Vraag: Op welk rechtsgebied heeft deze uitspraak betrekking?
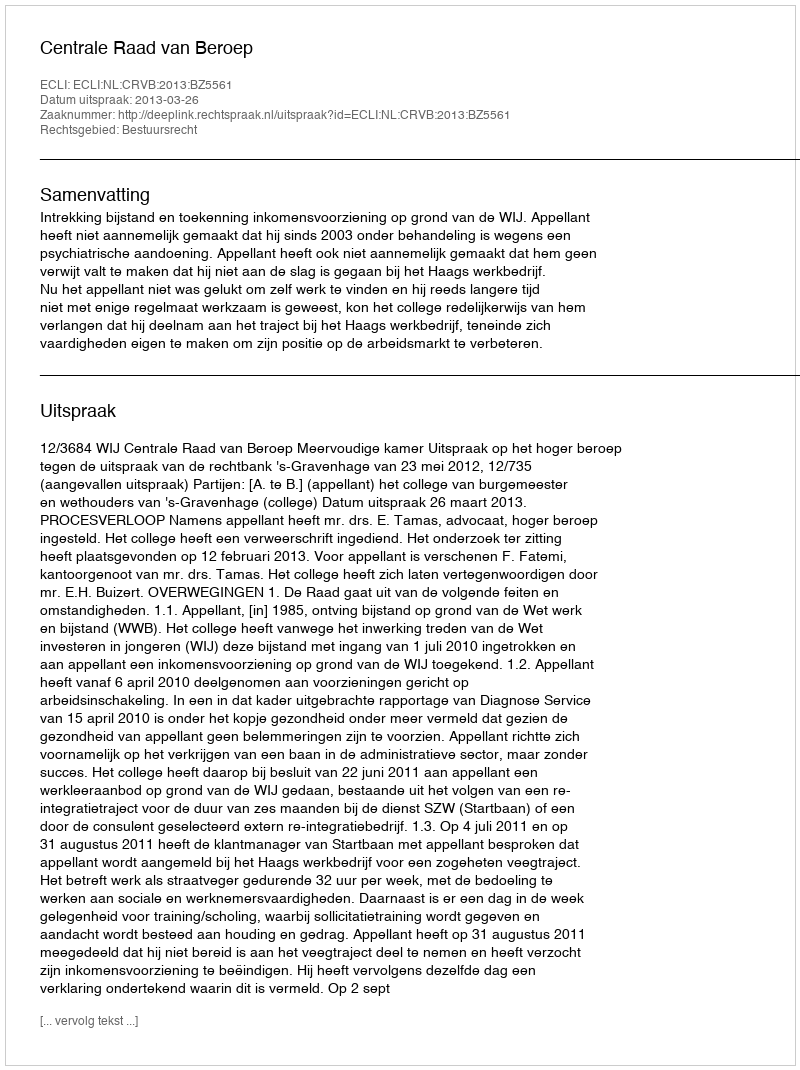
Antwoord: Bestuursrecht